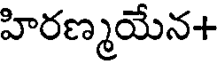
హిరణ్మయేన+